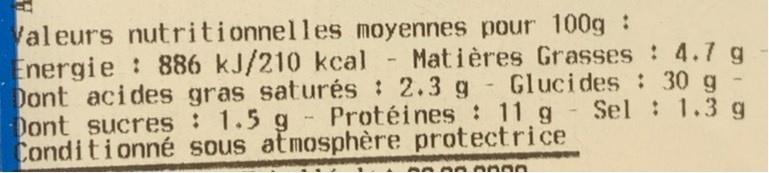
Valeurs nutritionnelles moyennes pour 100g : Energie : 886 kJ/210 kcal Matières Grasses : 4.7 g Dont acides gras saturés : 2.3 g - Glucides : 30 g Dont sucres : 1.5 g - Protéines : 11 g Conditionné sous atmosphère protectrice
- Sel : 1.3 g